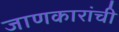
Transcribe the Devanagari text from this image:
जाणकारांची